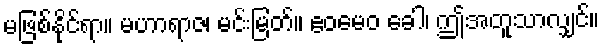
မဖြစ်နိုင်ရာ။ မဟာရာဇ၊ မင်းမြတ်။ ဧဝမေဝ ခေါ၊ ဤအတူသာလျှင်။